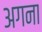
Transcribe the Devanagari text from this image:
अगना